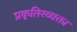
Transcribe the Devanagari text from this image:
प्रकृतिरव्यक्ता